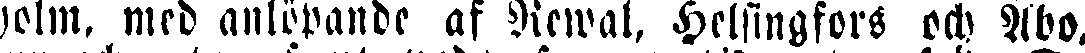
holm, med anlöpande af Rewal, Helsingfors och Åbo